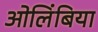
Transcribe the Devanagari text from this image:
ओलिंबिया